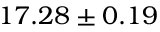
1 7 . 2 8 \pm 0 . 1 9